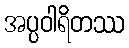
အပ္ပဝါရိတဿ